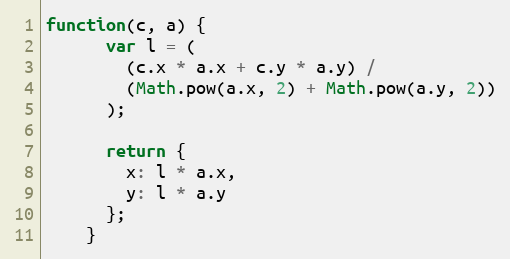
Language: JavaScript
function(c, a) {
      var l = (
        (c.x * a.x + c.y * a.y) /
        (Math.pow(a.x, 2) + Math.pow(a.y, 2))
      );

      return {
        x: l * a.x,
        y: l * a.y
      };
    }